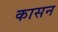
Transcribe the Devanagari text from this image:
कासन